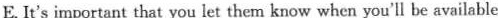
E. It's important that you let them know when you'll be available